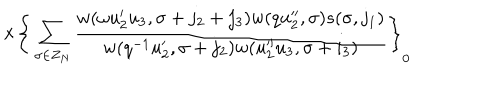
\times \Bigg \{ \sum _ { \sigma \in Z _ { N } } \frac { w ( \omega u _ { 2 } ^ { \prime } u _ { 3 } , \sigma + j _ { 2 } + j _ { 3 } ) w ( q u _ { 2 } ^ { \prime \prime } , \sigma ) s ( \sigma , j _ { 1 } ) } { w ( q ^ { - 1 } u _ { 2 } ^ { \prime } , \sigma + j _ { 2 } ) w ( u _ { 2 } ^ { \prime \prime } u _ { 3 } , \sigma + i _ { 3 } ) } \Bigg \} _ { 0 }